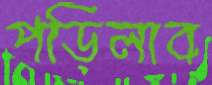
পড়িলাব